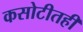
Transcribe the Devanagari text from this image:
कसोटीतही